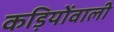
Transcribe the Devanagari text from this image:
कड़ियोंवाली